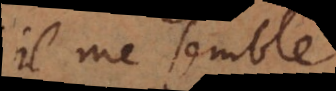
il me semble